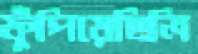
ফুঁপিয়েছিলি